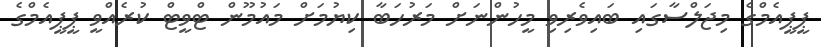
ޕީޕީއެމްގެ މިޖަލްސާގައި ބައިވެރިވި މީހުންނަށް މަރުހަބާ ކިޔުމަށް މައުމޫން ޓްވީޓް ކުރެއްވީ ޕީޕީއެމްގެ